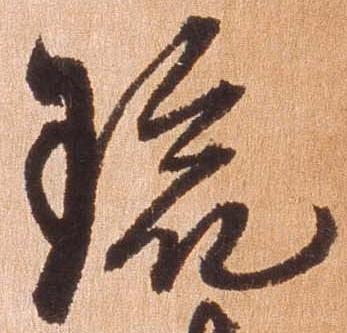
琉